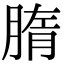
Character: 𦝦